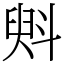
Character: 斞